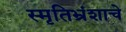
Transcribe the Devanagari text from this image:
स्मृतिभ्रंशाचे